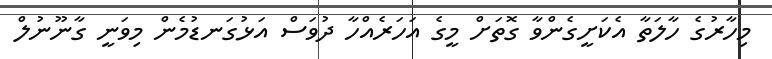
މިހާރުގެ ހާލަތާ އެކަށީގެންވާ ގޮތަށް މީގެ އަހަރެއްހާ ދުވަސް އަޅުގަނޑުމެން މިވަނީ ގާނޫނުލް